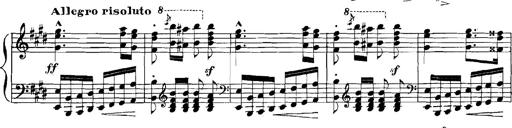
Title: Rhapsodies hongroises
Composer: Franz Liszt